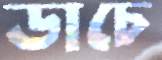
ডাচে